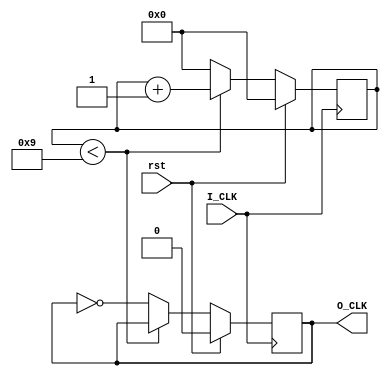
module Divider (input I_CLK,
                input rst,
                output reg O_CLK);
    
    parameter i = 20;
    reg[3:0] counter;

    initial begin
        O_CLK=0;
        counter=0;
    end

    always @(posedge I_CLK) begin
        if (rst) begin
            counter <= 0;
            O_CLK <= 0;
        end
        else if (counter < i/2-1) begin
            counter <= counter + 1;
            O_CLK <= O_CLK;
        end
        else begin
            counter <= 0;
            O_CLK <= ~O_CLK;
        end
    end
endmodule